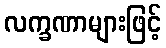
လက္ခဏာများဖြင့်